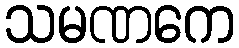
သမဏကေ